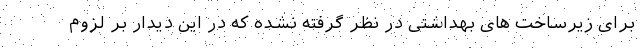
برای زیرساخت های بهداشتی در نظر گرفته نشده که در این دیدار بر لزوم